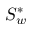
S _ { w } ^ { * }